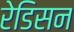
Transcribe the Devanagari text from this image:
रेडिसन